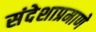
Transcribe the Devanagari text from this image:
संदेशाप्रमाणे